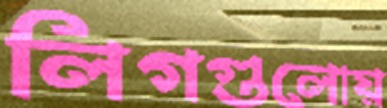
লিগগুলোয়